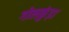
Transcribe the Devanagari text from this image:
गोलकुंड़ा